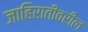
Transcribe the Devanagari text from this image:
जाहिरातींवरील